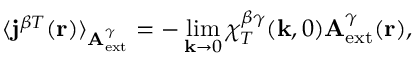
\langle { \bf j } ^ { \beta T } ( { \bf r } ) \rangle _ { { \bf A } _ { \mathrm { e x t } } ^ { \gamma } } = - \operatorname * { l i m } _ { { \bf k } \to 0 } \chi _ { T } ^ { \beta \gamma } ( { \bf k } , 0 ) { \bf A } _ { \mathrm { e x t } } ^ { \gamma } ( { \bf r } ) ,